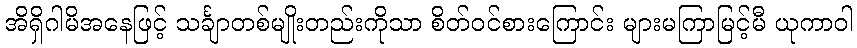
အိရှိဂါမိအနေဖြင့် သင်္ချာတစ်မျိုးတည်းကိုသာ စိတ်ဝင်စားကြောင်း များမကြာမြင့်မီ ယုကာဝါ